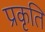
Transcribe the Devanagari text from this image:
प्रकृति